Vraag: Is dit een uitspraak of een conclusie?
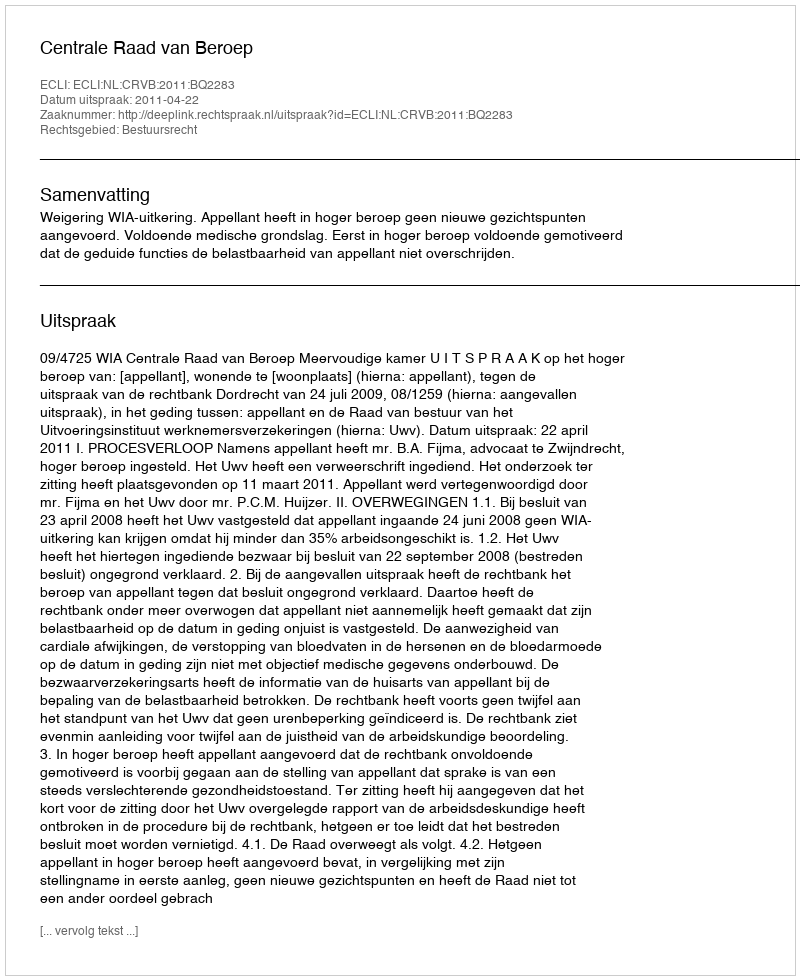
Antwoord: Uitspraak